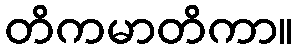
တိကမာတိကာ။